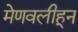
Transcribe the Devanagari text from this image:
मेणवलीहून